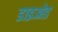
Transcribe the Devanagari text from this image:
डाइओड